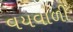
વયવાળી